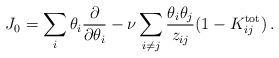
\begin{align*}J_0 = \sum_i \theta_i {\partial\over \partial \theta_i}-\nu\sum_{i\ne j}{\theta_{i}\theta_{j}\over z_{ij}}(1-K_{ij}^{{\rm tot}})\,.\end{align*}